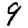
Digit: 9